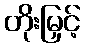
တိုးမြှင့်